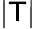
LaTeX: |\mathsf{T}|